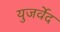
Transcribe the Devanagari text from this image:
युजर्वेद